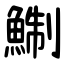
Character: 鯯